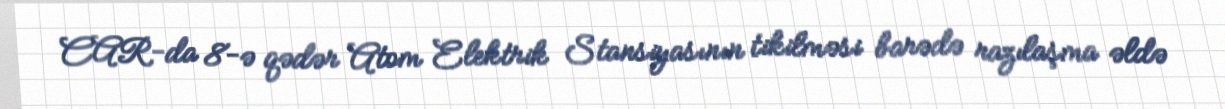
CAR-da 8-ə qədər Atom Elektrik Stansiyasının tikilməsi barədə razılaşma əldə